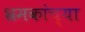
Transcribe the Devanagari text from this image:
भ्रमकांच्या